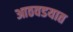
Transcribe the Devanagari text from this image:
आठवडयात